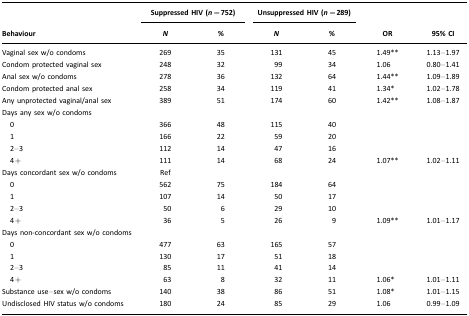
|  | <COLSPAN=2> Suppressed HIV (n=752) | <COLSPAN=2> Unsuppressed HIV (n=289) |  |  |
 | Behaviour | N | % | N | % | OR | 95% CI |
 | --- | --- | --- | --- | --- | --- | --- |
 | Vaginal sex w/o condoms | 269 | 35 | 131 | 45 | 1.49** | 1.13–1.97 |
 | Condom protected vaginal sex | 248 | 32 | 99 | 34 | 1.06 | 0.80–1.41 |
 | Anal sex w/o condoms | 278 | 36 | 132 | 64 | 1.44** | 1.09–1.89 |
 | Condom protected anal sex | 258 | 34 | 119 | 41 | 1.34* | 1.02–1.78 |
 | Any unprotected vaginal/anal sex | 389 | 51 | 174 | 60 | 1.42** | 1.08–1.87 |
 | Days any sex w/o condoms |  |  |  |  |  |  |
 | 0 | 366 | 48 | 115 | 40 |  |  |
 | 1 | 166 | 22 | 59 | 20 |  |  |
 | 2–3 | 112 | 14 | 47 | 16 |  |  |
 | 4+ | 111 | 14 | 68 | 24 | 1.07** | 1.02–1.11 |
 | Days concordant sex w/o condoms | Ref |  |  |  |  |  |
 | 0 | 562 | 75 | 184 | 64 |  |  |
 | 1 | 107 | 14 | 50 | 17 |  |  |
 | 2–3 | 50 | 6 | 29 | 10 |  |  |
 | 4+ | 36 | 5 | 26 | 9 | 1.09** | 1.01–1.17 |
 | Days non-concordant sex w/o condoms |  |  |  |  |  |  |
 | 0 | 477 | 63 | 165 | 57 |  |  |
 | 1 | 130 | 17 | 51 | 18 |  |  |
 | 2–3 | 85 | 11 | 41 | 14 |  |  |
 | 4+ | 63 | 8 | 32 | 11 | 1.06* | 1.01–1.11 |
 | Substance use–sex w/o condoms | 140 | 38 | 86 | 51 | 1.08* | 1.01–1.15 |
 | Undisclosed HIV status w/o condoms | 180 | 24 | 85 | 29 | 1.06 | 0.99–1.09 |